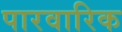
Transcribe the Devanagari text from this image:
पारवारिक